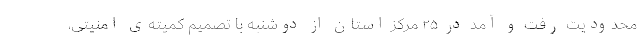
محدودیت رفت و آمد در ۲۵ مرکز استان‌ از دوشنبه با تصمیم کمیته‌ی امنیتی،